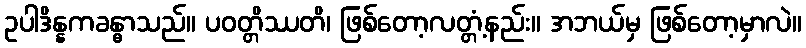
ဥပါဒိန္နကခန္ဓာသည်။ ပဝတ္တိဿတိ၊ ဖြစ်တော့လတ္တံ့နည်း။ အဘယ်မှ ဖြစ်တော့မှာလဲ။